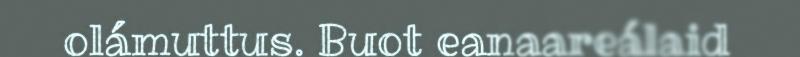
olámuttus. Buot eanaareálaid